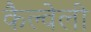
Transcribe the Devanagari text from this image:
कैल्वेली